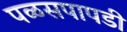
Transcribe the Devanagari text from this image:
पळसपापडी